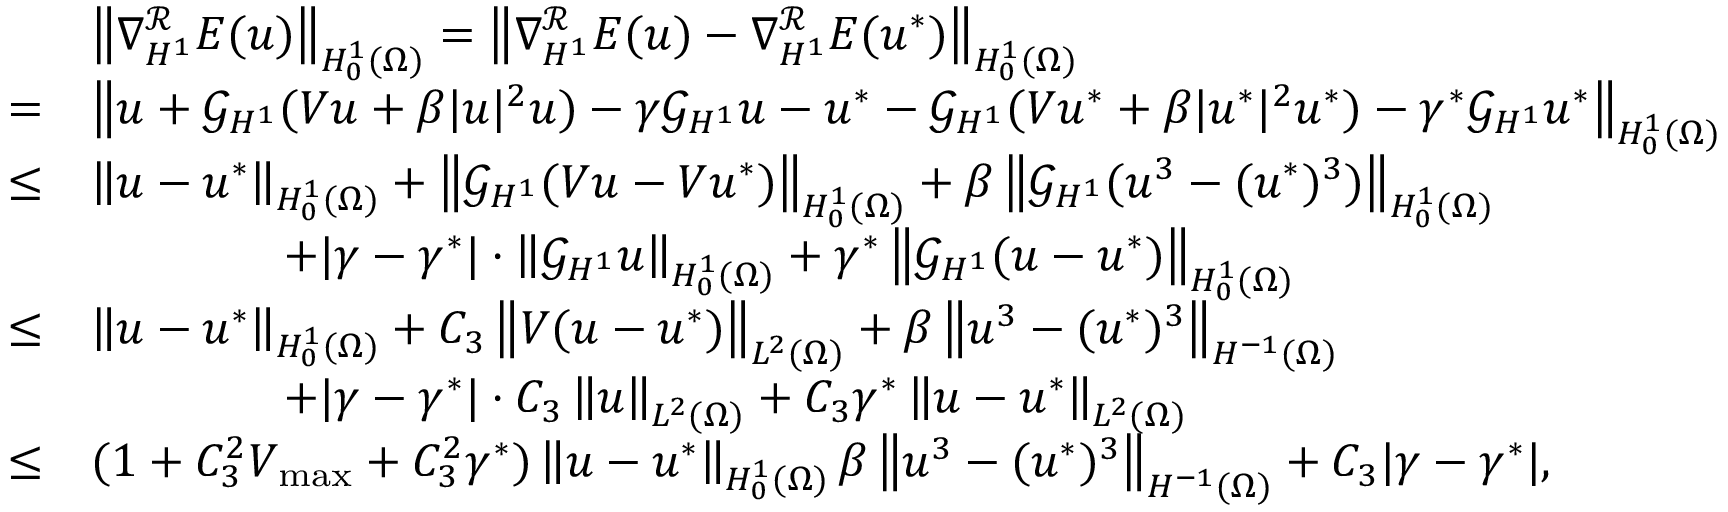
\begin{array} { r l } & { \left\Vert \nabla _ { H ^ { 1 } } ^ { \mathcal { R } } E ( u ) \right\Vert _ { H _ { 0 } ^ { 1 } ( \Omega ) } = \left\Vert \nabla _ { H ^ { 1 } } ^ { \mathcal { R } } E ( u ) - \nabla _ { H ^ { 1 } } ^ { \mathcal { R } } E ( u ^ { * } ) \right\Vert _ { H _ { 0 } ^ { 1 } ( \Omega ) } } \\ { = } & { \left\| u + \mathcal { G } _ { H ^ { 1 } } ( V u + \beta | u | ^ { 2 } u ) - \gamma \mathcal { G } _ { H ^ { 1 } } u - u ^ { * } - \mathcal { G } _ { H ^ { 1 } } ( V u ^ { * } + \beta | u ^ { * } | ^ { 2 } u ^ { * } ) - \gamma ^ { * } \mathcal { G } _ { H ^ { 1 } } u ^ { * } \right\| _ { H _ { 0 } ^ { 1 } ( \Omega ) } } \\ { \leq } & { \left\Vert u - u ^ { * } \right\Vert _ { H _ { 0 } ^ { 1 } ( \Omega ) } + \left\Vert \mathcal { G } _ { H ^ { 1 } } ( V u - V u ^ { * } ) \right\Vert _ { H _ { 0 } ^ { 1 } ( \Omega ) } + \beta \left\Vert \mathcal { G } _ { H ^ { 1 } } ( u ^ { 3 } - ( u ^ { * } ) ^ { 3 } ) \right\Vert _ { H _ { 0 } ^ { 1 } ( \Omega ) } } \\ & { \qquad \qquad + | \gamma - \gamma ^ { * } | \cdot \left\Vert \mathcal { G } _ { H ^ { 1 } } u \right\Vert _ { H _ { 0 } ^ { 1 } ( \Omega ) } + \gamma ^ { * } \left\Vert \mathcal { G } _ { H ^ { 1 } } ( u - u ^ { * } ) \right\Vert _ { H _ { 0 } ^ { 1 } ( \Omega ) } } \\ { \leq } & { \left\Vert u - u ^ { * } \right\Vert _ { H _ { 0 } ^ { 1 } ( \Omega ) } + C _ { 3 } \left\Vert V ( u - u ^ { * } ) \right\Vert _ { L ^ { 2 } ( \Omega ) } + \beta \left\Vert u ^ { 3 } - ( u ^ { * } ) ^ { 3 } \right\Vert _ { H ^ { - 1 } ( \Omega ) } } \\ & { \qquad \qquad + | \gamma - \gamma ^ { * } | \cdot C _ { 3 } \left\Vert u \right\Vert _ { L ^ { 2 } ( \Omega ) } + C _ { 3 } \gamma ^ { * } \left\Vert u - u ^ { * } \right\Vert _ { L ^ { 2 } ( \Omega ) } } \\ { \leq } & { ( 1 + C _ { 3 } ^ { 2 } V _ { \operatorname* { m a x } } + C _ { 3 } ^ { 2 } \gamma ^ { * } ) \left\Vert u - u ^ { * } \right\Vert _ { H _ { 0 } ^ { 1 } ( \Omega ) } \beta \left\Vert u ^ { 3 } - ( u ^ { * } ) ^ { 3 } \right\Vert _ { H ^ { - 1 } ( \Omega ) } + C _ { 3 } | \gamma - \gamma ^ { * } | , } \end{array}